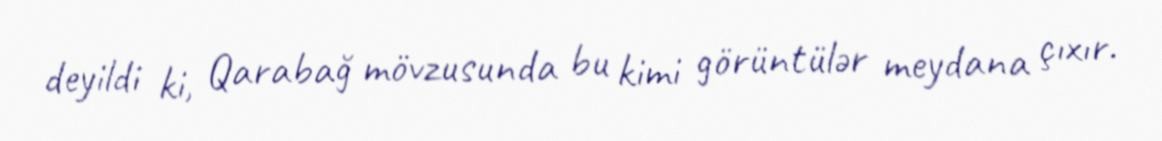
deyildi ki, Qarabağ mövzusunda bu kimi görüntülər meydana çıxır.